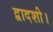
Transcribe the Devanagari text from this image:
द्वादशी।